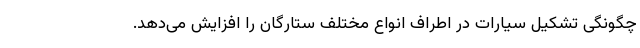
چگونگی تشکیل سیارات در اطراف انواع مختلف ستارگان را افزایش می‌دهد.